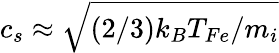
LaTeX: c_{s}\approx\sqrt{\left(2/3\right)k_{B}T_{Fe}/{m_{i}}}